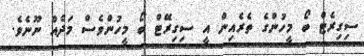
ސިގިރެޓް ބޯ މީހުންގެ ތެރެއިން އީ ސިގިރޭޓް ބޯ މީހުންވެސް މަދެއް ނޫނެވެ.